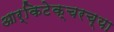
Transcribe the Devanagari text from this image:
आर्किटेक्चरच्या